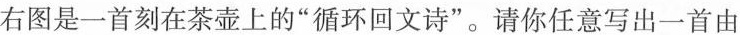
右图是一首刻在茶壶上的”循环回文诗”。请你任意写出一首由